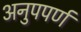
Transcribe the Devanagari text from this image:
अनुपपर्ण